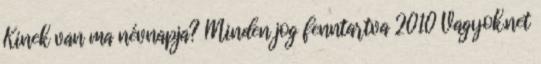
Kinek van ma névnapja? Minden jog fenntartva 2010 Vagyok.net